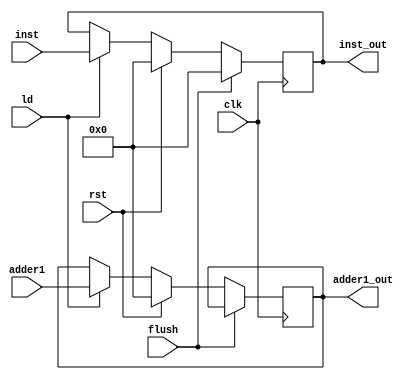
`timescale 1ns/1ns


module IFID(clk, rst, ld, flush, inst, adder1, inst_out, adder1_out);
    input clk, rst, flush, ld;
    input [31:0] inst, adder1;

    output reg [31:0] inst_out, adder1_out;

    always @(posedge clk) begin
        if (flush) begin
            inst_out = 32'b0;
        end
        else
            if (rst) 
                {adder1_out,inst_out} = {64'b0};
        else begin
            if (ld) begin
                inst_out = inst;
                adder1_out = adder1;    
                end
            end
        end
endmodule



module IDEX (clk, rst, read_data1, read_data2, sgn_ext, Rt, Rd, Rs, adder1, read_data1_out,
		  read_data2_out, sgn_ext_out, Rt_out, Rd_out, Rs_out, adder1_out,alu_op_in, alu_src_in, reg_write_in,
		  reg_dst_in, mem_read_in, mem_write_in,
		  mem_to_reg_in, alu_op, alu_src, reg_write, reg_dst, mem_read, mem_write, mem_to_reg);

    input clk, rst, alu_src_in, reg_write_in, mem_read_in, mem_write_in;
    input [1:0] reg_dst_in, mem_to_reg_in;
    input [2:0] alu_op_in;
    input [4:0] Rt, Rd, Rs;
    input [31:0] read_data1, read_data2, sgn_ext, adder1;

    output reg alu_src, mem_read, mem_write, reg_write;
    output reg [2:0] alu_op;
    output reg [1:0] mem_to_reg, reg_dst;
    output reg [31:0] read_data1_out, read_data2_out, sgn_ext_out, adder1_out;
    output reg [4:0] Rt_out, Rd_out, Rs_out;

    always @(posedge clk) begin
        if (rst) begin
            {read_data1_out, read_data2_out, sgn_ext_out, adder1_out, Rt_out, Rd_out,
	     Rs_out, alu_op, alu_src, reg_write, reg_dst, mem_read, mem_write,
             mem_to_reg} = {128'b0, 15'b0,3'b000, 1'b0, 1'b0, 2'b00, 1'b0, 1'b0, 2'b00};
       		 end
        else begin
            {read_data1_out, read_data2_out, sgn_ext_out, adder1_out} = {read_data1, read_data2, sgn_ext, adder1};
            {Rt_out, Rd_out, Rs_out} = {Rt, Rd, Rs};
            {alu_op, alu_src, reg_write, reg_dst, mem_read, mem_write, mem_to_reg} = {alu_op_in, alu_src_in, reg_write_in, reg_dst_in, mem_read_in, mem_write_in, mem_to_reg_in};
        end
    end

endmodule

module EXMEM(clk, rst, adder1, zero, alu_result, mux3_out, mux5_out, adder1_out,
		   zero_out, alu_result_out, mux3_out_out, mux5_out_out, mem_write_in, mem_read_in, mem_to_reg_in, reg_write_in,
                  mem_write, mem_read, mem_to_reg, reg_write);
    input clk, rst, zero, reg_write_in, mem_read_in, mem_write_in;
    input [1:0] mem_to_reg_in;
    input [4:0] mux5_out;
    input [31:0] alu_result, mux3_out, adder1;
        

    output reg zero_out, mem_read, mem_write, reg_write;
    output reg [1:0] mem_to_reg;
    output reg [4:0] mux5_out_out;
    output reg [31:0] alu_result_out, mux3_out_out, adder1_out;
        
    always @(posedge clk) begin
        if (rst)
            {adder1_out, zero_out, alu_result_out, mux3_out_out, mux5_out_out, mem_write,
             mem_read, mem_to_reg, reg_write} = {32'b0, 1'b0, 32'b0, 32'b0, 5'b0, 1'b0, 1'b0, 2'b00, 1'b0};
        else
            {adder1_out, zero_out, alu_result_out, mux3_out_out, mux5_out_out} = {adder1, zero, alu_result, mux3_out, mux5_out};
            {mem_write, mem_read, mem_to_reg, reg_write} = {mem_write_in, mem_read_in, mem_to_reg_in, reg_write_in};
    end
endmodule

module MEMWB(clk, rst, data_from_data_memory_in, alu_result_in, mux5_out_in, adder1_in,
		           data_from_memory_out, alu_result_out, mux5_out_in_out, adder1_out,
                   mem_to_reg_in, reg_write_in, mem_to_reg_out, reg_write_out);
    input clk, rst, reg_write_in;
    input [1:0] mem_to_reg_in;
    input [4:0] mux5_out_in;
    input [31:0] data_from_data_memory_in, alu_result_in, adder1_in;

    output reg reg_write_out;
    output reg [1:0] mem_to_reg_out;
    output reg [31:0] data_from_memory_out, alu_result_out, adder1_out;
    output reg [4:0] mux5_out_in_out;

    always @(posedge clk) begin
        if (rst)
            {data_from_memory_out, alu_result_out, mux5_out_in_out, adder1_out,
             mem_to_reg_out, reg_write_out} = {32'b0, 32'b0, 5'b0, 32'b0, 2'b00, 1'b0};
        else
            {data_from_memory_out, alu_result_out, mux5_out_in_out, adder1_out} = {data_from_data_memory_in, alu_result_in, mux5_out_in, adder1_in};
            {mem_to_reg_out, reg_write_out} = {mem_to_reg_in, reg_write_in};
    end
endmodule








module hazard_detection_unit(IDEX_mem_read, IDEX_Rt, IFID_Rs, IFID_Rt, sel_signal, IFID_Ld, pc_load);
    input IDEX_mem_read;
    input [4:0] IDEX_Rt, IFID_Rs, IFID_Rt;
    output reg sel_signal, IFID_Ld, pc_load;

    always @(IDEX_mem_read, IDEX_Rt, IFID_Rs, IFID_Rt)
    begin
        sel_signal <= 1'b1;
        IFID_Ld <= 1'b1;
        pc_load <= 1'b1;

        if (IDEX_mem_read && ((IDEX_Rt == IFID_Rs) || (IDEX_Rt == IFID_Rt)) ) 
            {sel_signal, IFID_Ld, pc_load} = {1'b0,1'b0,1'b0};
    end
endmodule

module forward_unit(IDEX_Rs, IDEX_Rt, EXMEM_reg_write, EXMEM_Rd,
 MEMWB_reg_write, MEMWB_Rd, forwardA, forwardB);

    input EXMEM_reg_write, MEMWB_reg_write;
    input [4:0] IDEX_Rs, IDEX_Rt, EXMEM_Rd, MEMWB_Rd;
    output reg [1:0] forwardA, forwardB;

    always @(IDEX_Rs, IDEX_Rt, EXMEM_reg_write, EXMEM_Rd, MEMWB_reg_write, MEMWB_Rd) begin
	{forwardA, forwardB} <= {2'b00, 2'b00};
        if ((EXMEM_reg_write)&(EXMEM_Rd != 5'b0)&(EXMEM_Rd == IDEX_Rs))
            forwardA <= 2'b10;
        
        else if ((MEMWB_reg_write)&(MEMWB_Rd != 5'b0)&(MEMWB_Rd == IDEX_Rt))
            forwardA <= 2'b01;

        if ((EXMEM_reg_write)&(EXMEM_Rd != 5'b0)&(EXMEM_Rd == IDEX_Rs))
            forwardB <= 2'b10;
        
        else if ((MEMWB_reg_write)&(MEMWB_Rd != 5'b0)&(MEMWB_Rd == IDEX_Rt))
            forwardB <= 2'b01;
        
    end

endmodule